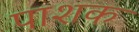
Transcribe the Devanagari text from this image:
पाशक